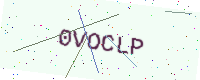
Text: 0VOCLP